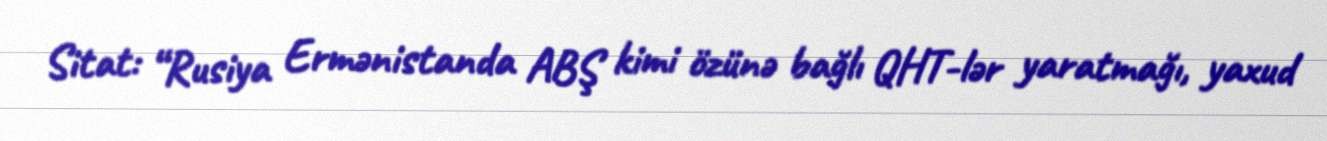
Sitat: “Rusiya Ermənistanda ABŞ kimi özünə bağlı QHT-lər yaratmağı, yaxud